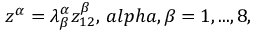
z ^ { \alpha } = \lambda _ { \beta } ^ { \alpha } z _ { 1 2 } ^ { \beta } , \, a l p h a , \beta = 1 , . . . , 8 ,